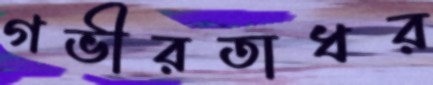
গভীরতাধর